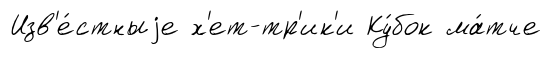
Изв'е́стныjе х'ет-тр'ик'и Ку́бок ма́тче